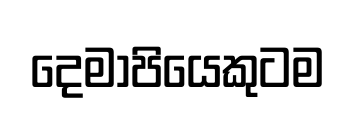
දෙමාපියෙකුටම